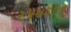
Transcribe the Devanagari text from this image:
२४७००१